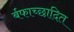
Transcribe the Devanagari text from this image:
र्बफाच्छादित